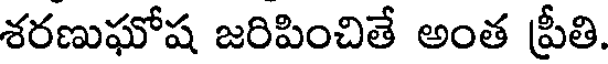
శరణుఘోష జరిపించితే అంత ప్రీతి.